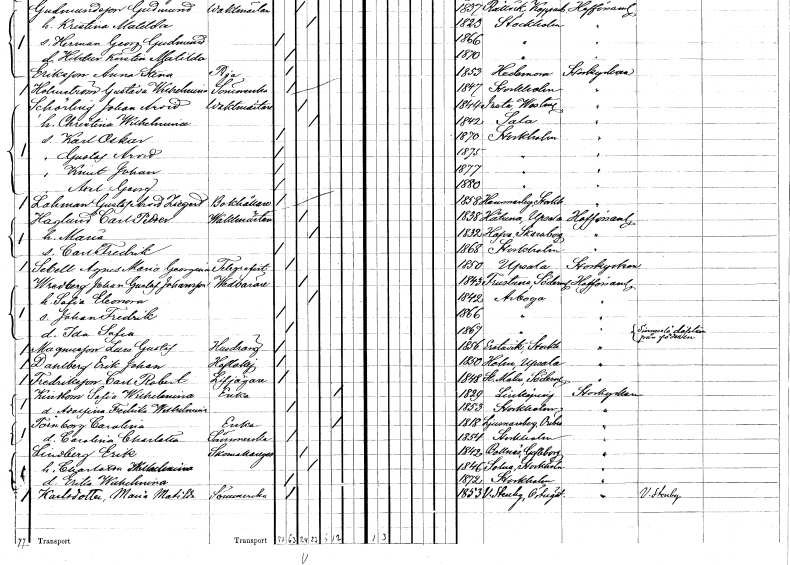
gt_parse: households: individuals: FN: Gustaf Arvid
KON: M
CIV: O
FODAR: 1875
FODFORS: Stockholm
FN: Knut Johan
KON: M
CIV: O
FODAR: 1877
FODFORS: Stockholm
FN: Axel Georg
KON: M
CIV: O
FODAR: 1880
FODFORS: Stockholm
FN: Gustaf Arvid Ziegert
EN: Lahman
YRKE: Bokhållare
KON: M
CIV: O
FODAR: 1858
FODFORS: Hammarby Stockholms län
FN: Carl Petter
EN: Haglund
YRKE: Vaktmästare
KON: M
CIV: G
FODAR: 1838
FODFORS: Håtuna Stockholms län
FN: Maria
KON: K
CIV: G
FODAR: 1832
FODFORS: Hova Skaraborgs län
FN: Carl Fredrik
KON: M
CIV: O
FODAR: 1868
FODFORS: Stockholm
FN: Agnes Maria Georgina
EN: Sebell
YRKE: Telegrafist
KON: K
CIV: O
FODAR: 1850
FODFORS: Uppsala Uppsala län
FN: Johan Gustaf
EN: Wredberg Johansson
YRKE: Vedbärare
KON: M
CIV: G
FODAR: 1843
FODFORS: Frustuna Södermanlands län
FN: Sofia Eleonora
KON: K
CIV: G
FODAR: 1842
FODFORS: Arboga Västmanlands län
FN: Johan Fredrik
KON: M
CIV: O
FODAR: 1866
FODFORS: Arboga Västmanlands län
FN: Ida Sofia
KON: K
CIV: O
FODAR: 1867
FODFORS: Arboga Västmanlands län
FN: Lars Gustaf
EN: Magnusson
YRKE: Husdräng
KON: M
CIV: O
FODAR: 1856
FODFORS: Erstavik Stockholms län
FN: Erik Johan
EN: Dahlberg
YRKE: Hovlakej
KON: M
CIV: O
FODAR: 1850
FODFORS: Holm Uppsala län
FN: Carl Robert
EN: Fredriksson
YRKE: Livjägare
KON: M
CIV: O
FODAR: 1848
FODFORS: Stora Malm Södermanlands län
FN: Sofia Wilhelmina
EN: Kindbom
YRKE: Änka
KON: K
CIV: E
FODAR: 1829
FODFORS: Linköping Östergötlands län
FN: Adolfina Fredrika Wilhelmina
KON: K
CIV: O
FODAR: 1853
FODFORS: Stockholm
FN: Carolina
EN: Törnborg
YRKE: Änka
KON: K
CIV: E
FODAR: 1818
FODFORS: Ljusnarsberg Örebro län
FN: Carolina Charlotta
YRKE: Sömmerska
KON: K
CIV: O
FODAR: 1854
FODFORS: Stockholm
FN: Erik
EN: lindberg
YRKE: Skomakaregesäll
KON: M
CIV: G
FODAR: 1842
FODFORS: Bollnäs Gävleborgs län
FN: Charlotta Wilhelmina
KON: K
CIV: G
FODAR: 1846
FODFORS: Solna Stockholms län
FN: Erika Wilhelmina
KON: K
CIV: O
FODAR: 1872
FODFORS: Stockholm
FN: Maria Matilda
EN: Karlsdotter
YRKE: Sömmerska
KON: K
CIV: O
FODAR: 1853
FODFORS: Västra Stenby Östergötlands län